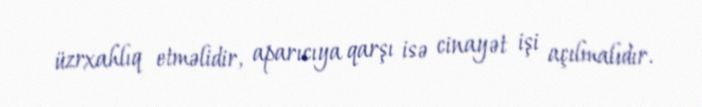
üzrxahlıq etməlidir, aparıcıya qarşı isə cinayət işi açılmalıdır.